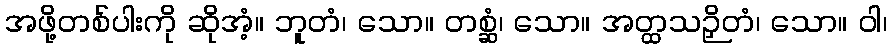
အဖို့တစ်ပါးကို ဆိုအံ့။ ဘူတံ၊ သော။ တစ္ဆံ၊ သော။ အတ္ထသဉှိတံ၊ သော။ ဝါ၊